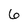
Character: 6